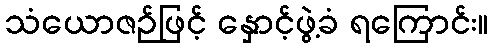
သံယောဇဉ်ဖြင့် နှောင့်ဖွဲ့ခံ ရကြောင်း။